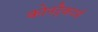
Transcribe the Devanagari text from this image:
कोनट्रैकटर्स